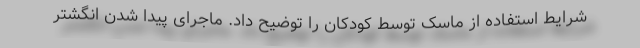
شرایط استفاده از ماسک توسط کودکان را توضیح داد. ماجرای پیدا شدن انگشتر